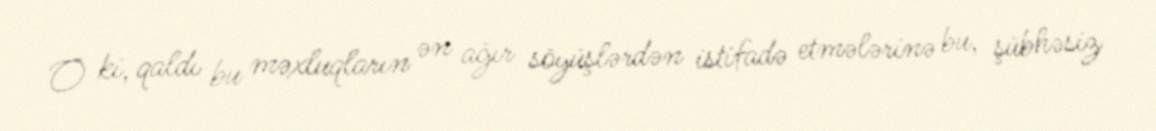
O ki, qaldı bu məxluqların ən ağır söyüşlərdən istifadə etmələrinə bu, şübhəsiz